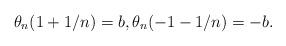
LaTeX: \begin{align*}\theta_n(1+1/n)=b,\theta_n(-1-1/n)=-b.\end{align*}